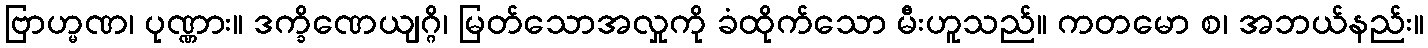
ဗြာဟ္မဏ၊ ပုဏ္ဏား။ ဒက္ခိဏေယျဂ္ဂိ၊ မြတ်သောအလှုကို ခံထိုက်သော မီးဟူသည်။ ကတမော စ၊ အဘယ်နည်း။